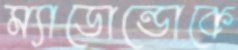
ম্যাডোন্ডোকে